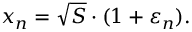
x _ { n } = { \sqrt { S } } \cdot ( 1 + \varepsilon _ { n } ) .